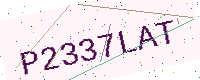
Text: P2337LAT